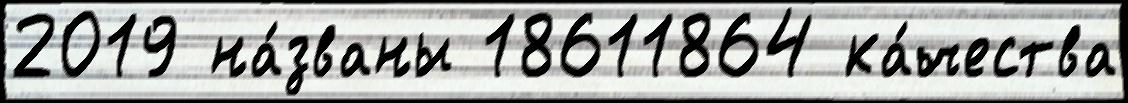
2019 на́званы 18611864 ка́чества